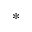
^ *